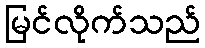
မြင်လိုက်သည်